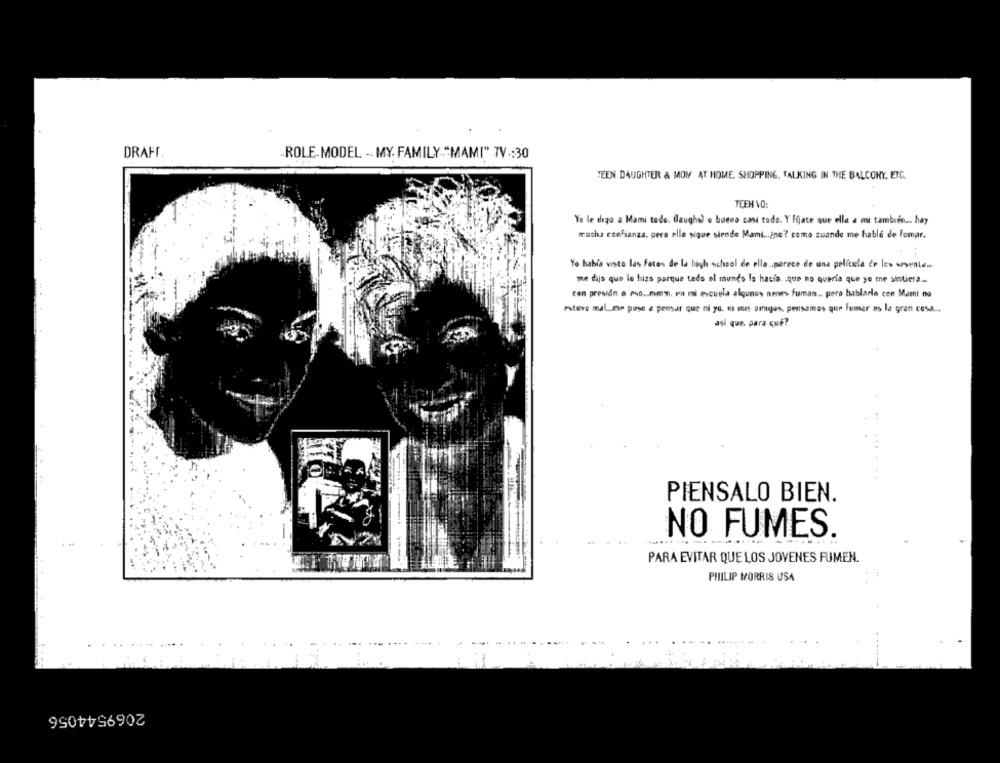
DRAFT
ROLE-MODEL -. MY. FAMILY."MAMI" TV :30
TEEN DAUGHTER & MOM AT HOME. SHOPPING, TALKING IN THE BALCONY, ETC.
TEEN VO:
Yo le digo a Mami todo. (laughs) o bueno casi todo. Y Fijate que ella a mi también ... hay
mucha confianza, pero elle sigue siende Mami ...¿ no? como cuando me hablé de fumar.
Yo había visto las fetes de la high school de ella .. parece de una película de los amente ...
me dijo que le hizo parque tede el mundo le hacia .. que no quería que yo me sintiera ...
con presión e Pso .. mmm, ru mi escuela algunos nenes fuman .. pero hablarle con Mami no
esteve mal .. me puse e pensar que ni yo. n son amigos, pensamos que Fumer es la gran cosa ...
asi que, para qué?
PIENSALO BIEN.
NO FUMES.
PARA EVITAR QUE LOS JOVENES FUMEN.
PHILIP MORRIS USA
2069544056